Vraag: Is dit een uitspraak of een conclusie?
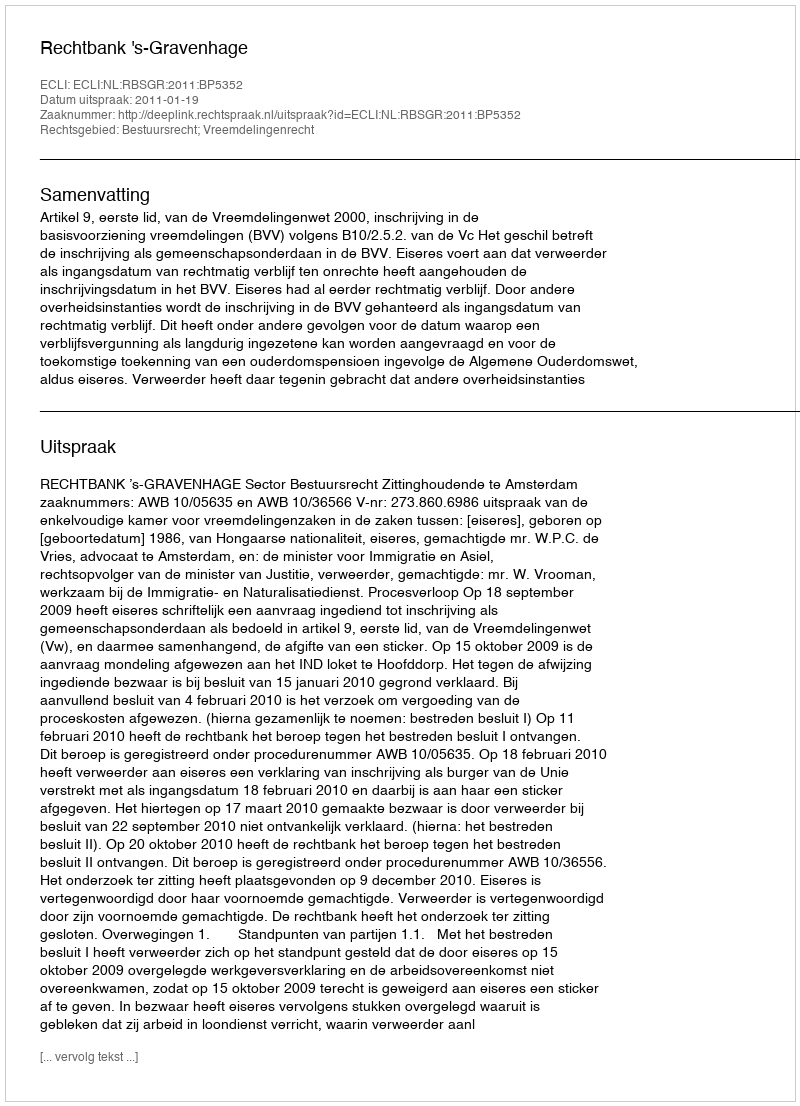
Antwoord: Uitspraak